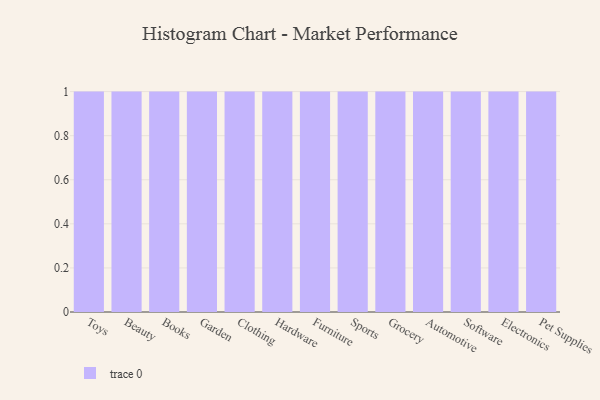
{"axis": {"x": "Category", "y": "Revenue (USD Million)"}, "legend": [""], "data": [{"x": "Toys", "y": 8, "type": ""}, {"x": "Beauty", "y": 94, "type": ""}, {"x": "Books", "y": 74, "type": ""}, {"x": "Garden", "y": 95, "type": ""}, {"x": "Clothing", "y": 62, "type": ""}, {"x": "Hardware", "y": 72, "type": ""}, {"x": "Furniture", "y": 36, "type": ""}, {"x": "Sports", "y": 93, "type": ""}, {"x": "Grocery", "y": 40, "type": ""}, {"x": "Automotive", "y": 34, "type": ""}, {"x": "Software", "y": 39, "type": ""}, {"x": "Electronics", "y": 70, "type": ""}, {"x": "Pet Supplies", "y": 56, "type": ""}]}